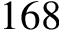
1 6 8